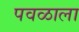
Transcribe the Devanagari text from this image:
पवळाला